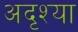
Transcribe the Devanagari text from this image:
अदृश्या